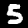
Digit: 5